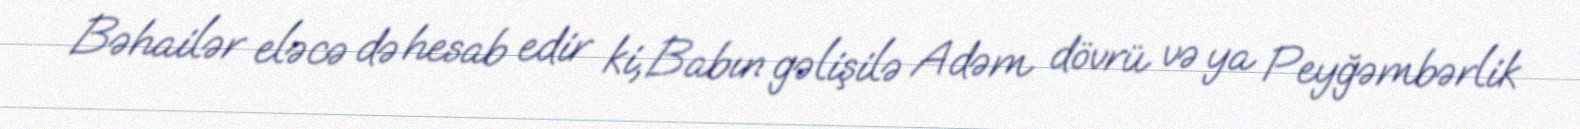
Bəhailər eləcə də hesab edir ki, Babın gəlişilə Adəm dövrü və ya Peyğəmbərlik